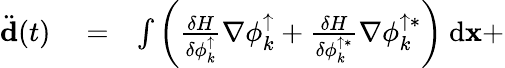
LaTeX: \begin{array}{rlr}{\ddot{\mathbf d}(t)}&{{}=}&{\int{\left(\frac{\delta H}{\delta\phi_{k}^{\uparrow}}\nabla\phi_{k}^{\uparrow}+\frac{\delta H}{\delta\phi_{k}^{\uparrow*}}\nabla\phi_{k}^{\uparrow*}\right)\ \mathrm{d}{\mathbf x}}+}\end{array}